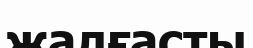
жалғасты